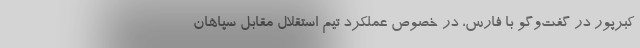
کبرپور در گفت‌وگو با فارس، در خصوص عملکرد تیم استقلال مقابل سپاهان